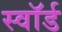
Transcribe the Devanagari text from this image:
स्वाॅर्ड